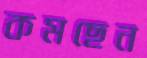
কমছেন